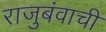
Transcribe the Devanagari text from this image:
राजुबंवाची